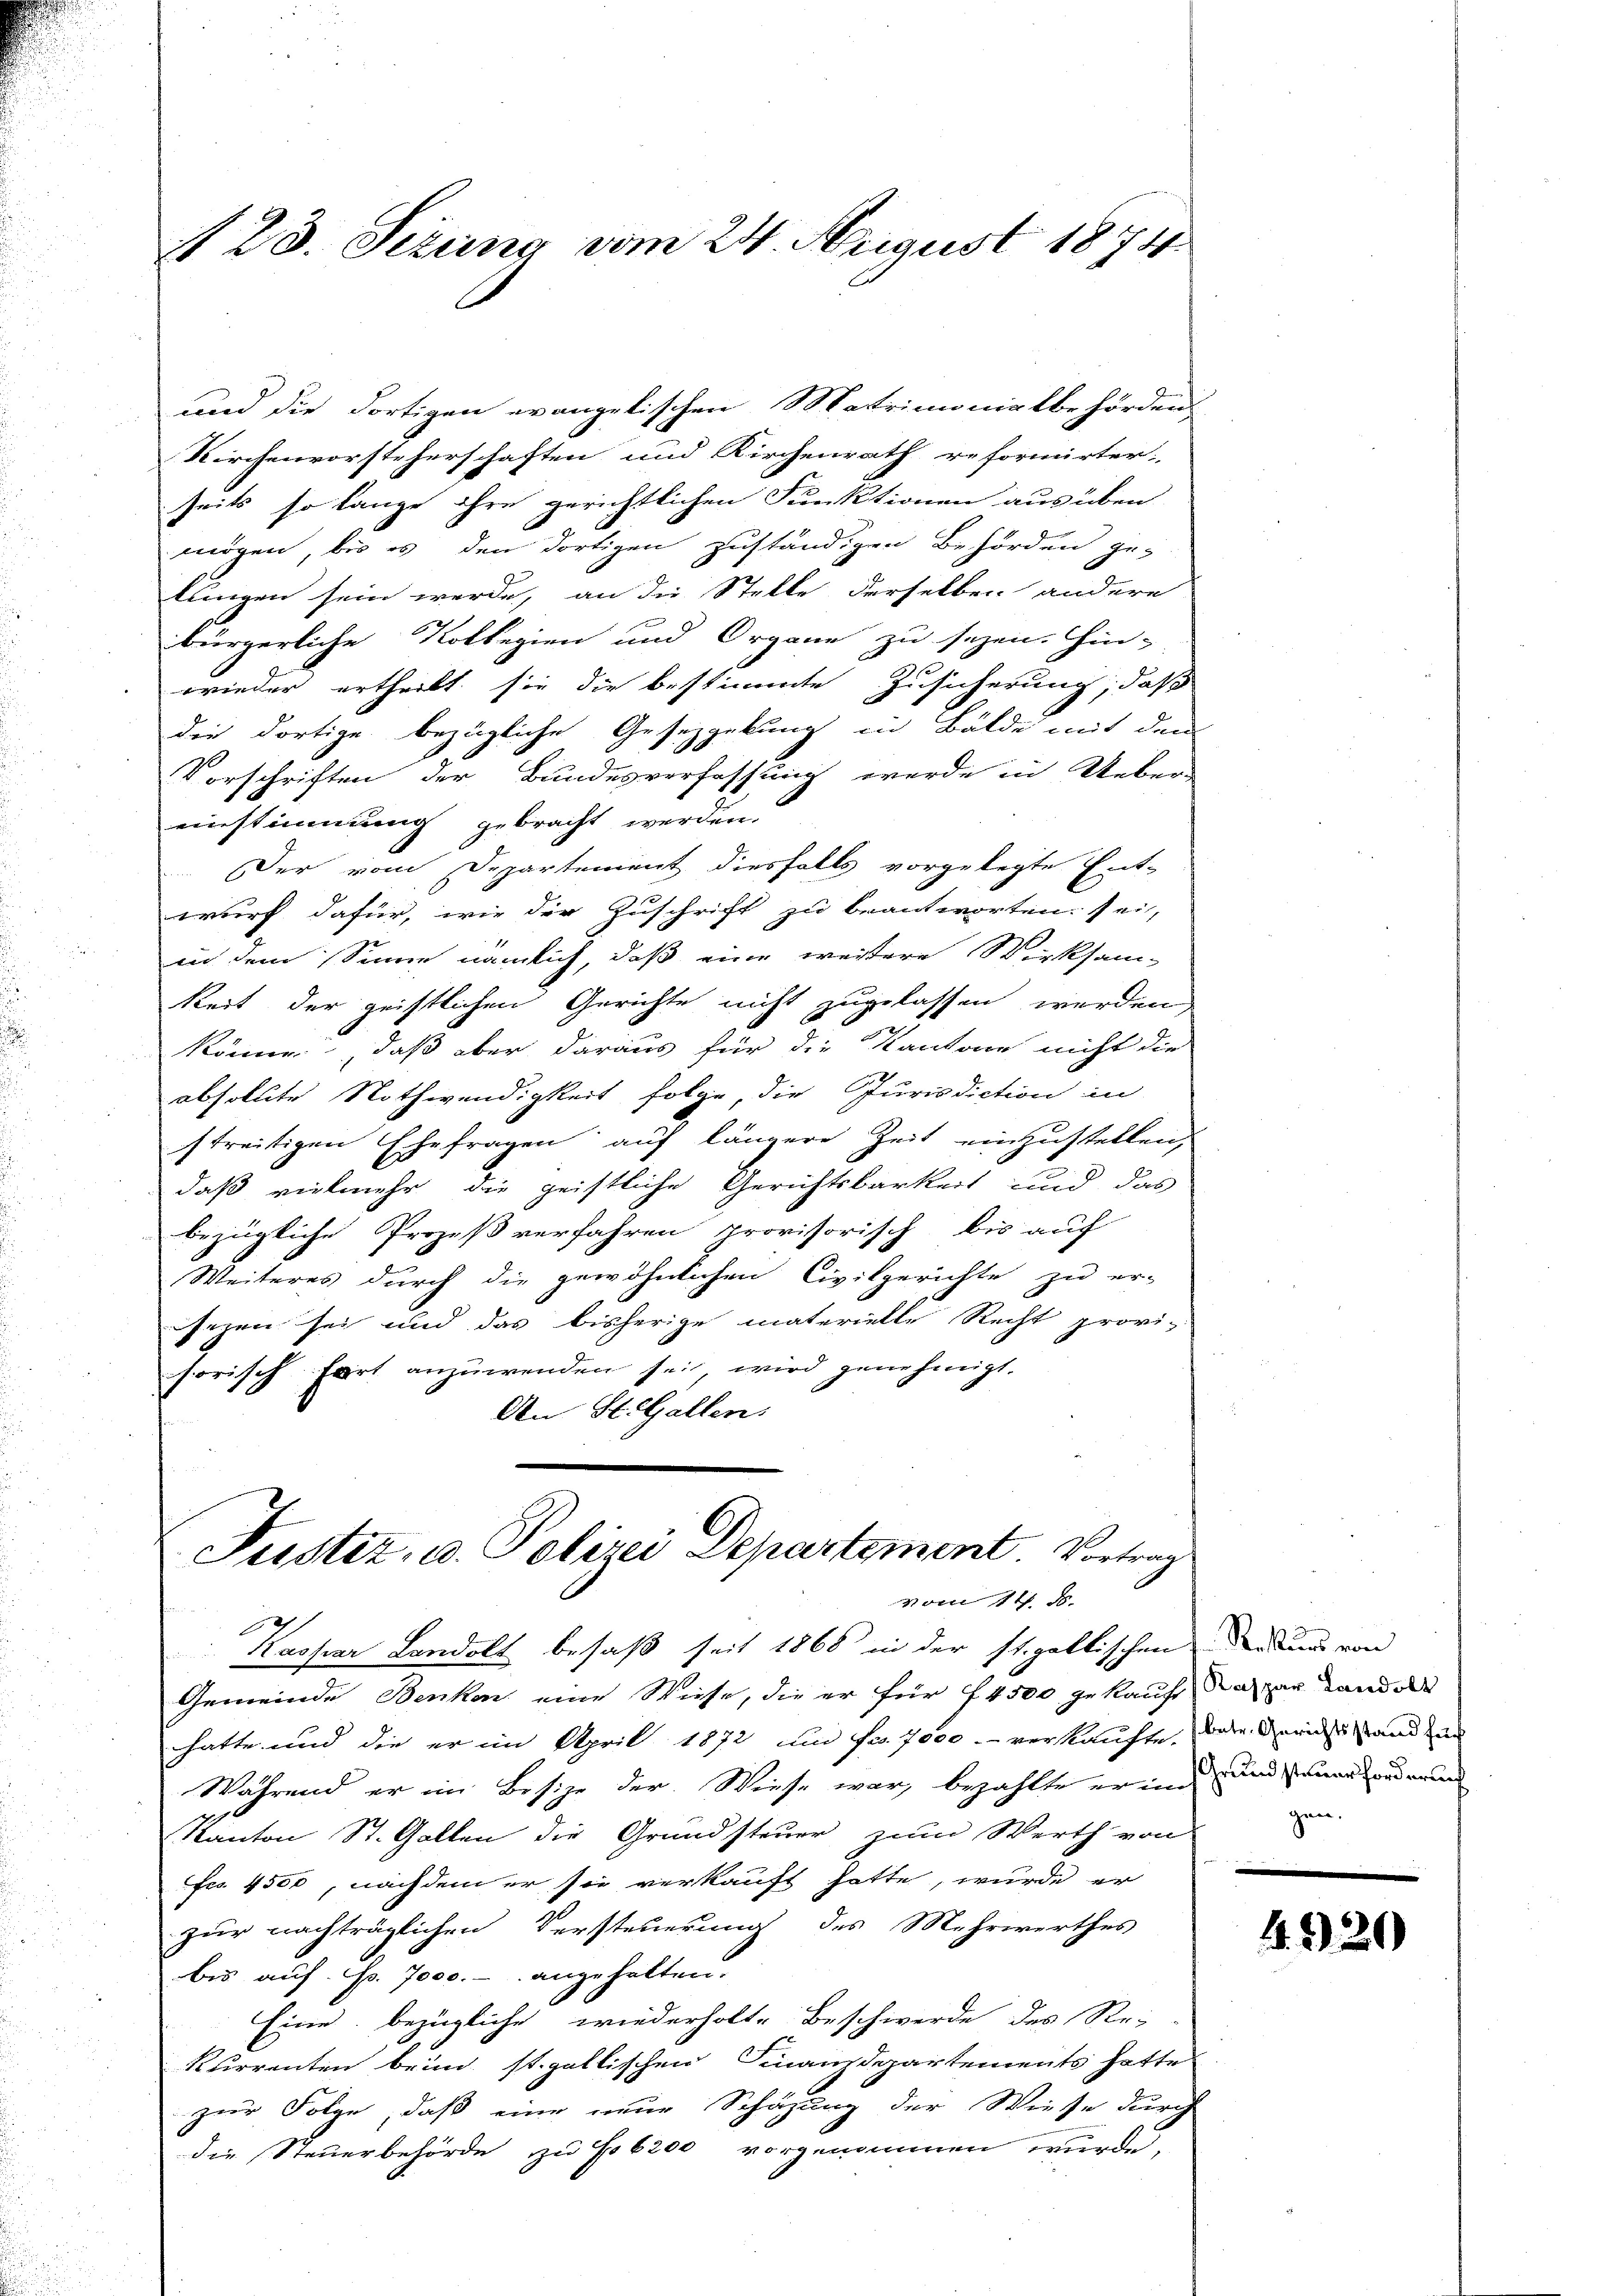
123. Sezung vom 24. August 1874

Kirchenvorsteherschaften und Kirchenrath reformirter
seits so lange ihre gerichtlichen Funktionen aus üben
mögen, bis es den dortigen zuständigen Behörden ge-
lungen sein werde, an die Stelle derselben andere
bürgerliche Kollegien und Organe zu sehen. Hin-
wieder ertheilt sie die bestimmte Zusicherung, daß
die dortige bezügliche Gesetzgebung in Bälde mit dem
Vorschriften der Bundesverfassung werde in Ueber-
einstimmung gebracht werden.
Der vom Departement diesfalls vorgelegte Ent-
wurf dafür, wie der Zuschrift zu beantworten: sei,
in dem Sinne nämlich, daß eine weitere Wirksam-
keit der geistlichen Gerichte nicht zugelassen werden
könne, daß aber daraus für die Kantone nicht die
absolute Nothwendigkeit folge, die Jurisdiction in
streitigen Ehefragen auf längere Zeit einzustellen,
daß vielmehr die geistliche Gerichtsbarkeit und das
bezügliche Prozeß verfahren provisorisch bis auf
Weiteres durch die gewöhnlichen Civilgerichte zu er-
sezen sei und das bisherige materielle Recht provisorisch fort anzuwenden sei, wird genehmigt.
An Stilallen.

und die dortigen evangelischen Matrimonialbehörden

Justiz, u. Polizei Departement. Vortrag
vom 14. d.

Kaspar Landolt besaß seit 1868 in der st. gallischenden und von
Gemeinde Benken eine Wiese, die er für 4500 gekauf da zur Landels
hatte und die er im April 1872 um Fr. 7000.- verkaufte. Dare Gerichtstand un
Während er im Besize der Wiese war, bezahlte er ins und waren rein
Kanton St. Gallen die Grundsteuer zum Werth von
Fco. 4500, nachdem er sie verkauft hatte, wurde er
zur nachträglichen Versteuerung des Mehrwerthes
bis auf. p. 7000.- angehalten.
Eine bezügliche wiederholte Beschwerde des Re-
kurrenten beim st. gallischen Finanzdepartements hatte
zur Folge, daß eine neue Schazung der Wiese durch
die Steuerbehörde zu No 6200 vorgenommen wurde,

e
gen.

4920